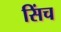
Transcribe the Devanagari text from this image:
सिंच